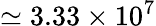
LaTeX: \simeq 3.33\times 10^{7}